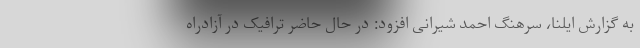
به گزارش ایلنا، سرهنگ احمد شیرانی افزود: در حال حاضر ترافیک در آزادراه